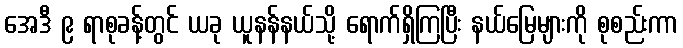
အေဒီ ၉ ရာစုခန့်တွင် ယခု ယူနန်နယ်သို့ ရောက်ရှိကြပြီး နယ်မြေများကို စုစည်းကာ